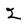
Character: 2